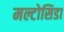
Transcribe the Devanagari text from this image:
मल्टोसिडा